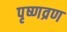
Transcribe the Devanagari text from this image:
पृष्णव्रण